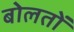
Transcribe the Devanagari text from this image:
बोलतों